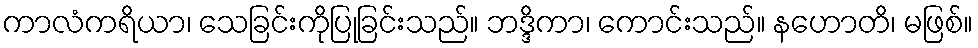
ကာလံကရိယာ၊ သေခြင်းကိုပြုခြင်းသည်။ ဘဒ္ဒိကာ၊ ကောင်းသည်။ နဟောတိ၊ မဖြစ်။